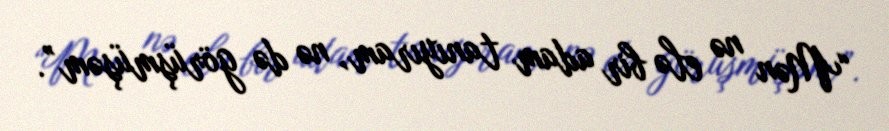
“Mən nə elə bir adam tanıyıram, nə də görüşmüşəm”.